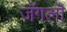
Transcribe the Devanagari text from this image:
जॅगलॊ